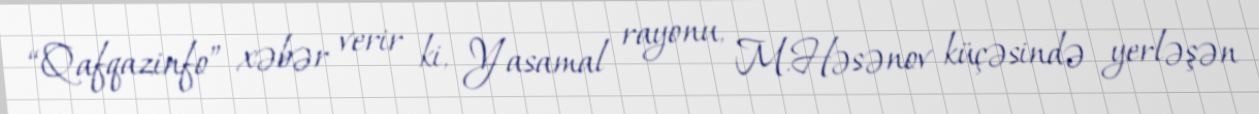
“Qafqazinfo” xəbər verir ki, Yasamal rayonu, M.Həsənov küçəsində yerləşən